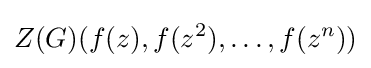
Z(G)(f(z),f(z^{2}),\ldots ,f(z^{n}))